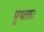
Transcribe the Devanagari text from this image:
पृथक्तः